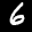
Label: 6